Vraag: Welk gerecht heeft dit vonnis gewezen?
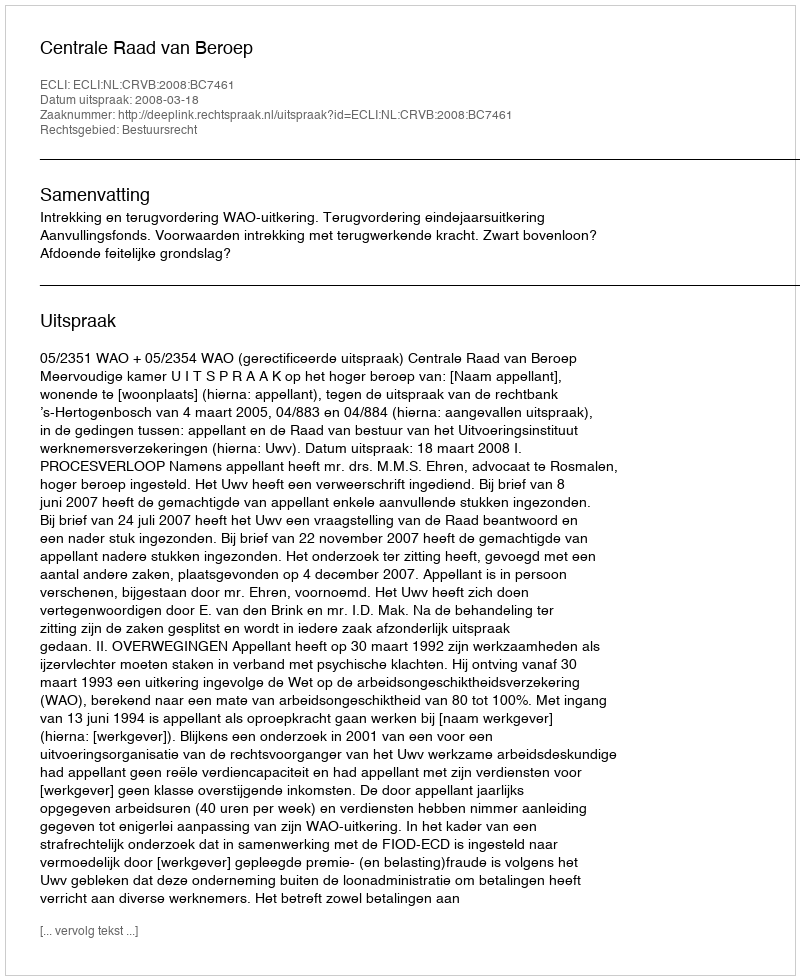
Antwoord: Centrale Raad van Beroep